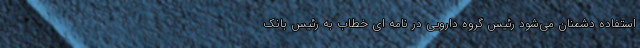
استفاده دشمنان می‌شود رئیس گروه دارویی در نامه ای خطاب به رئیس بانک